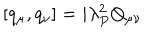
[ q _ { \mu } , q _ { \nu } ] = i \lambda _ { P } ^ { 2 } Q _ { \mu \nu }